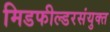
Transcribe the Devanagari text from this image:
मिडफील्डरसंयुक्त